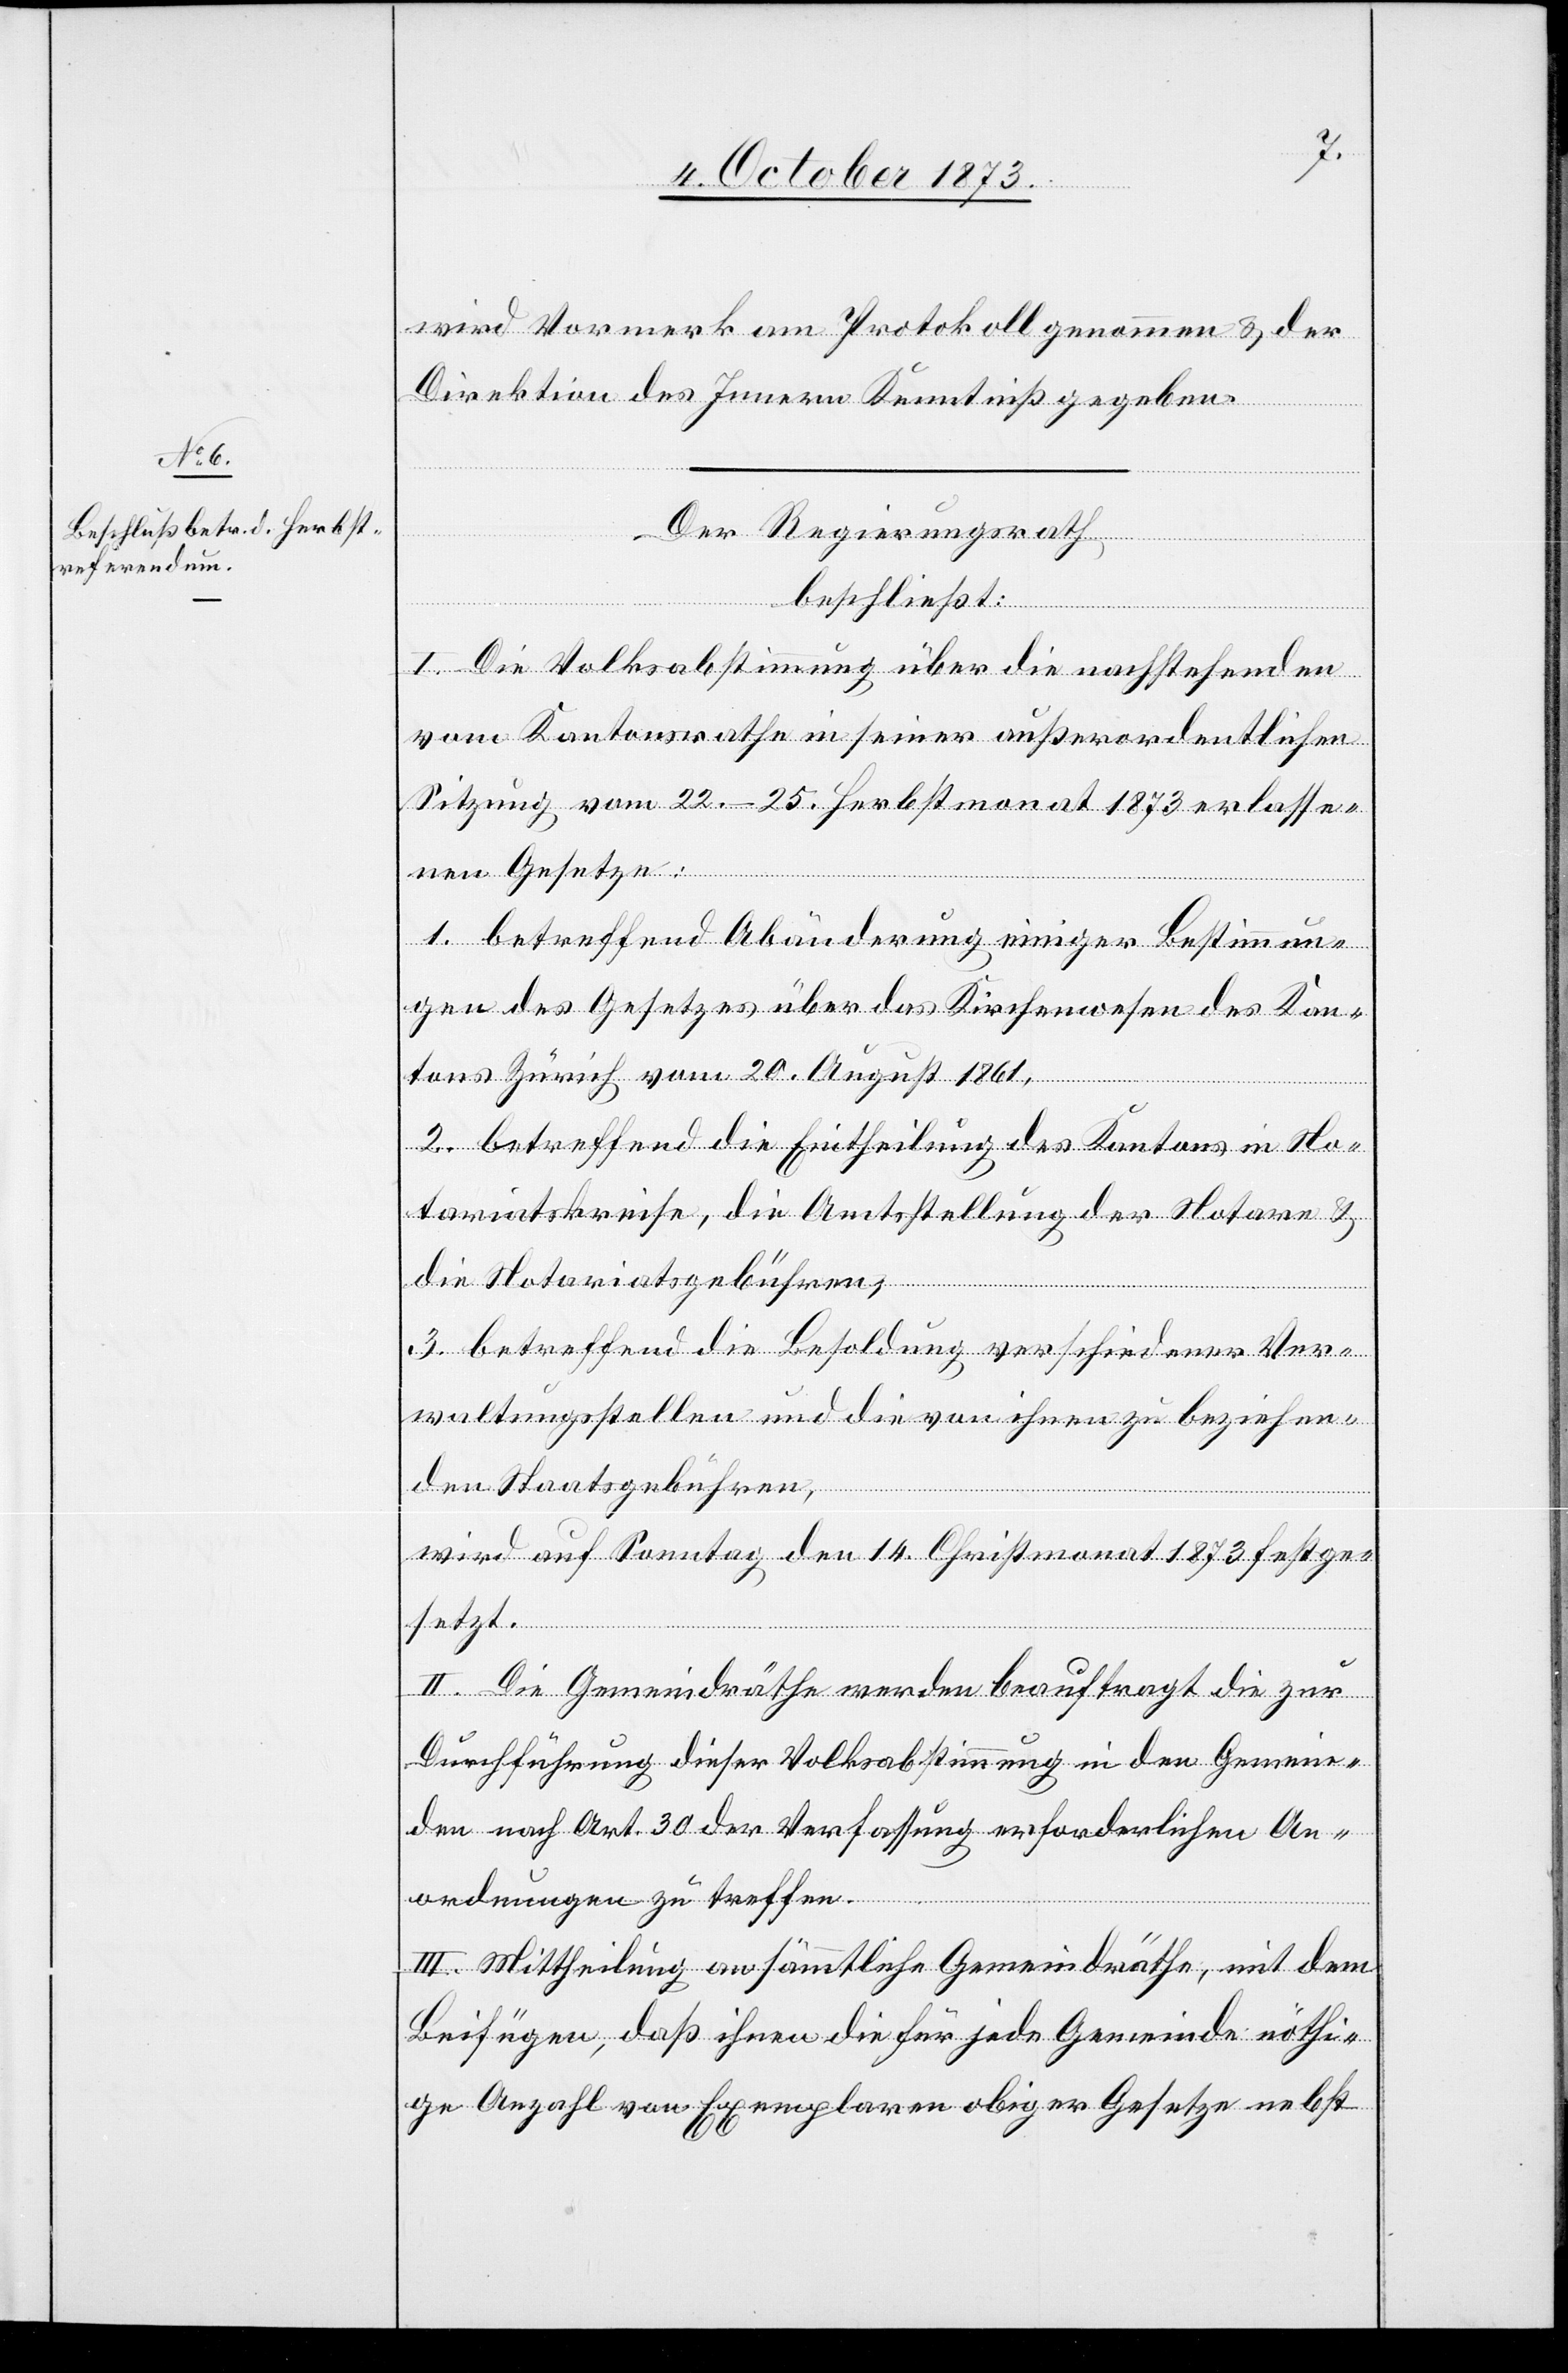
wird Vormerk am Protokoll genommen & der
Direktion des Innern Kenntniß gegeben.
Der Regierungsrath
beschließt:
I. Die Volksabstimmung über die nachstehenden
vom Kantonsrathe in seiner außerordentlichen
Sitzung vom 22.–25. Herbstmonat 1873 erlasse¬
nen Gesetze:
1. betreffend Abänderung einiger Bestimmun¬
gen des Gesetzes über das Kirchenwesen des Kan¬
tons Zürich vom 20. August 1861,
2. betreffend die Eintheilung des Kantons in No¬
tariatskreise, die Amtsstellung der Notare &
die Notariatsgebühren,
3. betreffend die Besoldung verschiedener Ver¬
waltungsstellen und die von ihnen zu beziehen¬
den Staatsgebühren,
wird auf Sonntag den 14. Christmonat 1873 festge¬
setzt.
II. Die Gemeindräthe werden beauftragt die zur
Durchführung dieser Volksabstimmung in den Gemein¬
den nach Art. 30 der Verfassung erforderlichen An¬
ordnungen zu treffen.
III. Mittheilung an sämmtliche Gemeindräthe, mit dem
Beifügen, daß ihnen die für jede Gemeinde nöthi¬
ge Anzahl von Exemplaren obiger Gesetze nebst